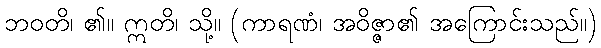
ဘဝတိ၊ ၏။ ဣတိ၊ သို့။ (ကာရဏံ၊ အဝိဇ္ဇာ၏ အကြောင်းသည်။)